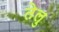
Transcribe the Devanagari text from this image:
तेलु